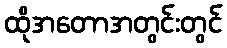
ထိုအတောအတွင်းတွင်